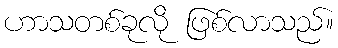
ဟာသတစ်ခုလို ဖြစ်လာသည်။